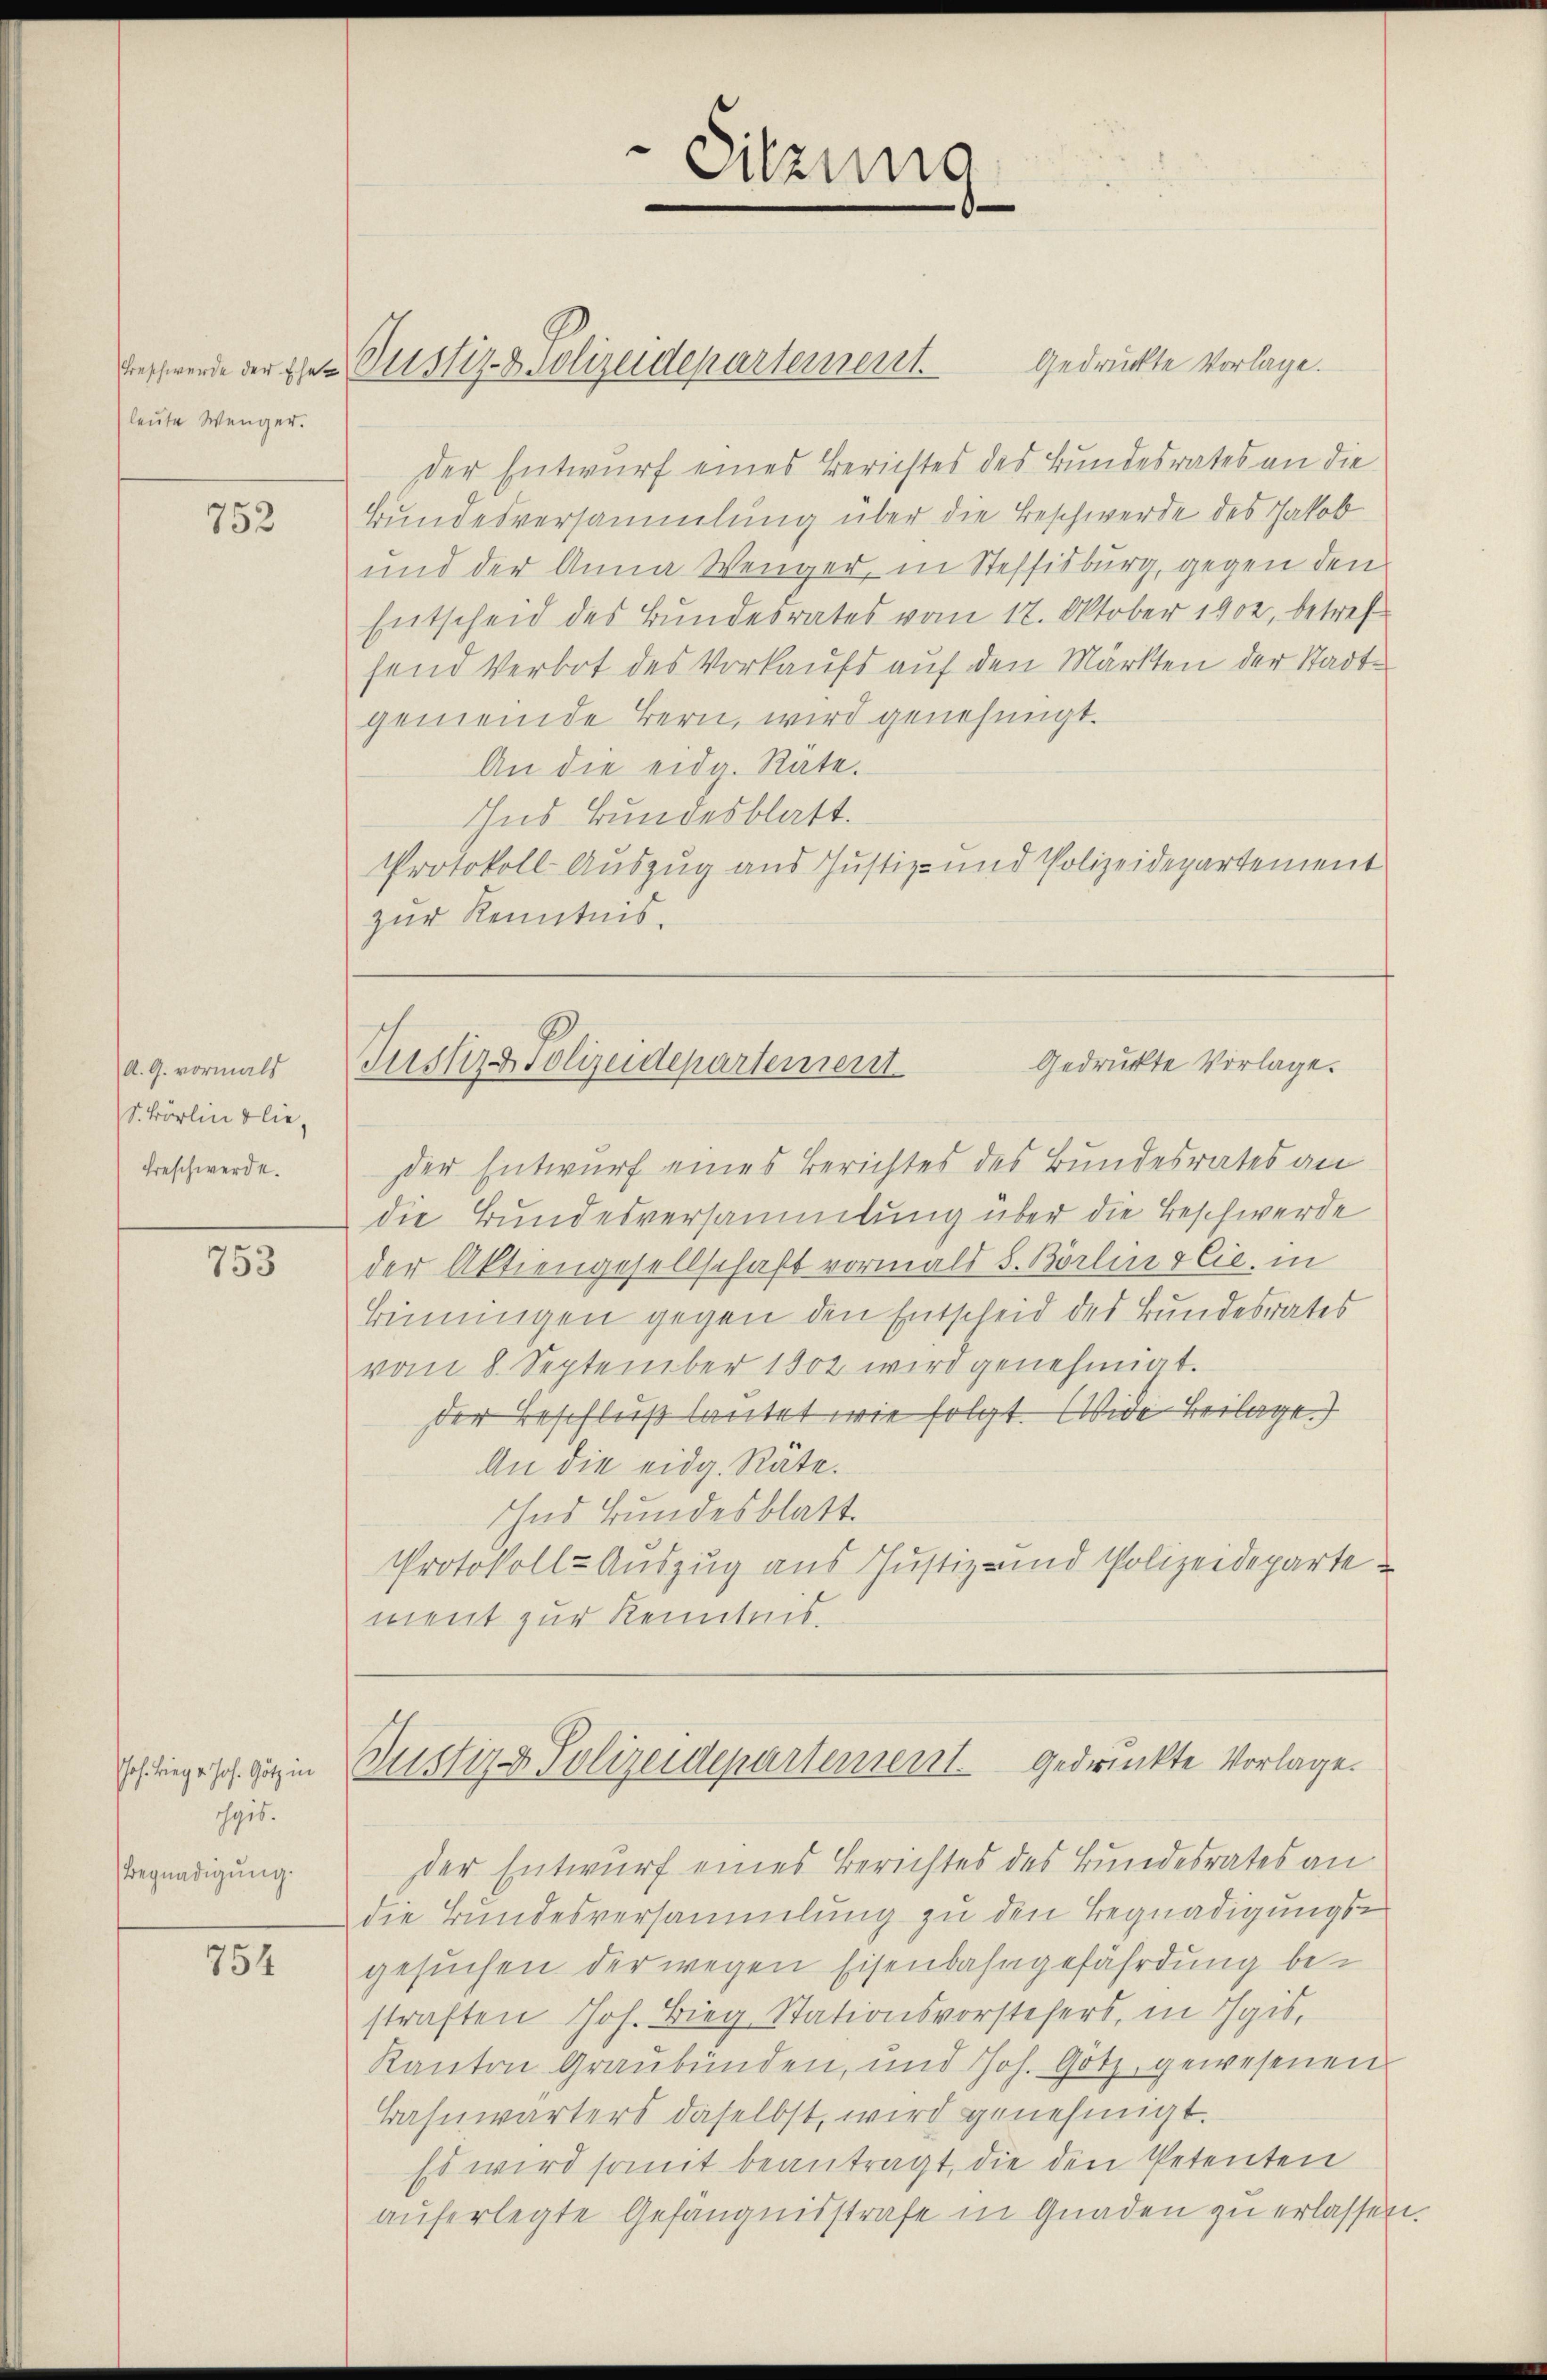
leute Wenger.

752

A. G. vormals
S. Körlin blie¬
Beschwerde.

753

Joh. Bieg u. Joh. Götz in
chgib.
Begnadigung.

754

Bessende der der Justiz- & Polizeidepartement

Gedrückte Vorlage.
der Entwurf eines Berichtes des Bundesrates an die
Bundesversammlung über die Beschwerde des Jakob
und der Anna Wenger, in Steffisburg, gegen den
Entscheid des Bundesrates vom 12. Oktober 1902, betrefsend Verbot des Vorkaufs auf den Märkten der Stadtgemeinde Bern, wird genehmigt.
An die eidg. Rate.
Ins Bundesblatt.
Protokoll- Auszug aus Justiz- und Polizeidepartement
zur Kenntnis.

Sitzung

Gedrukte Vorlage.
Jussers Polizeidepartement

Justiz & Polizeidepartement gedruckte Vorlage.

der Entwurf eines Berichtes des Bundesrates an
die Bundesversammlung über die Beschwerde
der Aktiengesellschaft vormals S. Börlin sie in
Binnungen gegen den Entscheid des Bundesrates
vom 8. September 1802 wird genehmigt.
der Beschluß lautet wie folgt. Wide Beilage.
An die eidg. Räte.
Ind Bundesblatt.
Protokoll-Auszug aus Justiz- und Polizeideparte
ment zur Kenntnis.

der Entwurf eines Berichtes des Bundesrates an
die Bundesversammlung zu den Begnadigungsgesuchen der wegen Eisenbahngefährdung bestraften Joh. Bieg Stationsvorstehers, in Igis,
Kanton Graubünden, und Joh. Götz, gewesenen
Bahnwärters daselbst, wird genehmigt.
Es wird somit beantragt, die den Petenten
auferlegte Gefängnisstrafe in Gnaden zu erlassen.